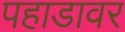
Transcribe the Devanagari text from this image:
पहाडावर